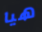
هيا